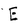
Character: E